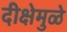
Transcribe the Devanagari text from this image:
दीक्षेमुळे